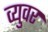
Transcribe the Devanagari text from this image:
व्युवर